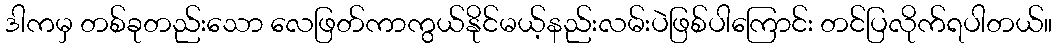
ဒါကမှ တစ်ခုတည်းသော လေဖြတ်ကာကွယ်နိုင်မယ့်နည်းလမ်းပဲဖြစ်ပါကြောင်း တင်ပြလိုက်ရပါတယ်။